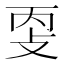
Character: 㪅